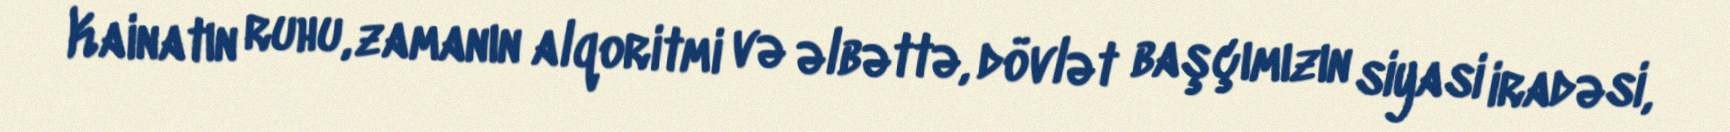
Kainatın ruhu, zamanın alqoritmi və əlbəttə, dövlət başçımızın siyasi iradəsi,